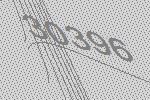
30396